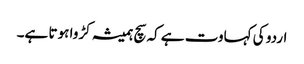
اردو کی کہاوت ہے کہ سچ ہمیشہ کڑوا ہوتا ہے۔